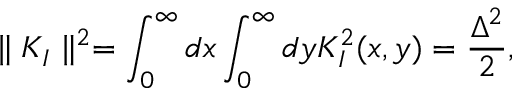
\parallel K _ { I } \parallel ^ { 2 } = \int _ { 0 } ^ { \infty } d x \int _ { 0 } ^ { \infty } d y K _ { I } ^ { 2 } ( x , y ) = { \frac { \Delta ^ { 2 } } { 2 } } ,